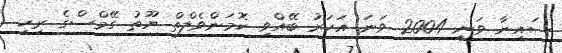
ސައިނާ ވަނީ 2004 ވަނަ އަހަރު ބޭއްވި ކޮމަންވެލްތް ޔޫތު ގޭމްސްގެ ރިހި